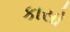
કાસો